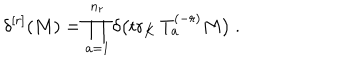
LaTeX: \delta ^ { [ r ] } ( M ) = \prod _ { a = 1 } ^ { n _ { r } } \delta \big ( \mathrm { t r } _ { K } \, T _ { a } ^ { ( - r ) } M \big ) \ .